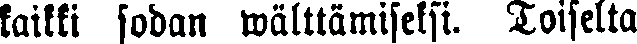
kaikki sodan välttämiseksi. Toiselta